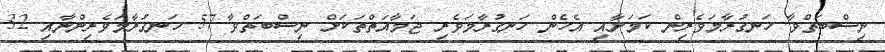
ނިސްބަތްވާ ހަނގުރާމަވެރިން ކަމަށާއި އެހެން ހަނގުރާމަވެރި ޖަމާއަތްތަކަށް ނިސްބަތްވާ 57 ހަނގުރާމަވެރިންނާއި 32